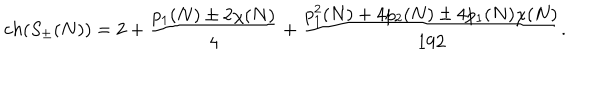
c h ( S _ { \pm } ( N ) ) = 2 + { \frac { p _ { 1 } ( N ) \pm 2 \chi ( N ) } { 4 } } + { \frac { p _ { 1 } ^ { 2 } ( N ) + 4 p _ { 2 } ( N ) \pm 4 p _ { 1 } ( N ) \chi ( N ) } { 1 9 2 } } .